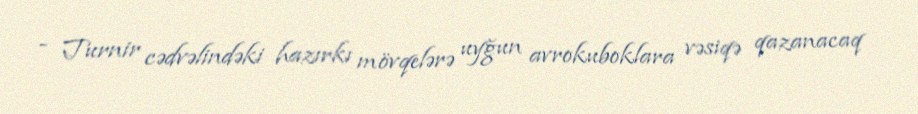
- Turnir cədvəlindəki hazırkı mövqelərə uyğun avrokuboklara vəsiqə qazanacaq